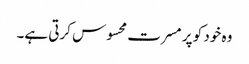
وہ خود کو پر مسرت محسوس کرتی ہے۔